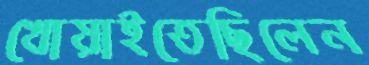
খোয়াইতেছিলেন